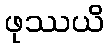
ဖုဿယိ